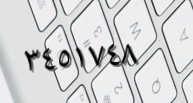
٣٤٥١٧٤٨